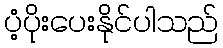
ပံ့ပိုးပေးနိုင်ပါသည်